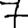
Digit: 7